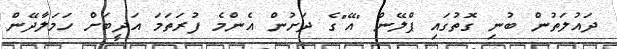
ދައުލަތުން ބުނި ގޮތުގައި ޕްލޭން "އޭ"ގެ ދަށުން އެންމެ ފުރަތަމަ އަދީބަށް ހަމަލާދޭން